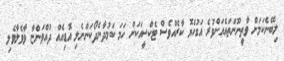
ލިބޭނެކަމަށް ވާތީނޫންތައެއަށްވުރެ އަގުހެޔޮ ކާރެއްވެސް ޓެކްސީއަކަށް ހަމަ ކަމުދާނެދޯކަންނެލި އޮޑިއެއް ދުއްވަންޏާ ވާވެލާވެލި